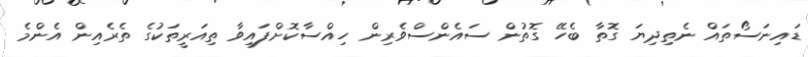
ޑައިނަސޯތައް ނެތިދިޔަ ގޮތާ ބެހޭ ގޮތުން ސައެންސްވެރިން ހިއްސާކޮށްފައިވާ ތިއަރީތަކުގެ ތެރެއިން އެންމެ